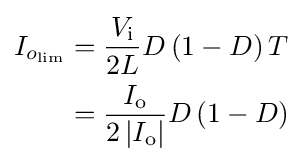
{\begin{aligned}I_{o_{\text{lim}}}&={\frac {V_{\text{i}}}{2L}}D\left(1-D\right)T\\&={\frac {I_{\text{o}}}{2\left|I_{\text{o}}\right|}}D\left(1-D\right)\end{aligned}}